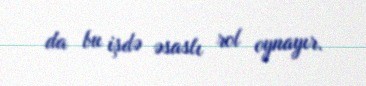
da bu işdə əsaslı rol oynayır.